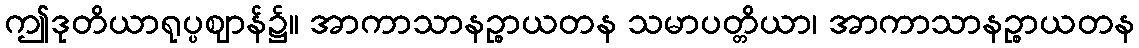
ဤဒုတိယာရုပ္ပဈာန်၌။ အာကာသာနဉ္စာယတန သမာပတ္တိယာ၊ အာကာသာနဉ္စာယတန